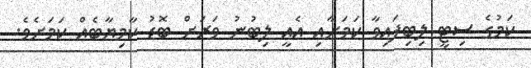
ކަމުގެ ސިޓީ ލިބިފައިވާ ކަަމަށާއި އެއީ ލިބުނު ވަރަށް ބޮޑު ކާމިޔާބެއް ކަމަށެވެ.